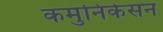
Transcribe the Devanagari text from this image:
कमुनिकेसन